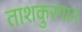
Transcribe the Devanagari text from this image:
ताशकुरगान